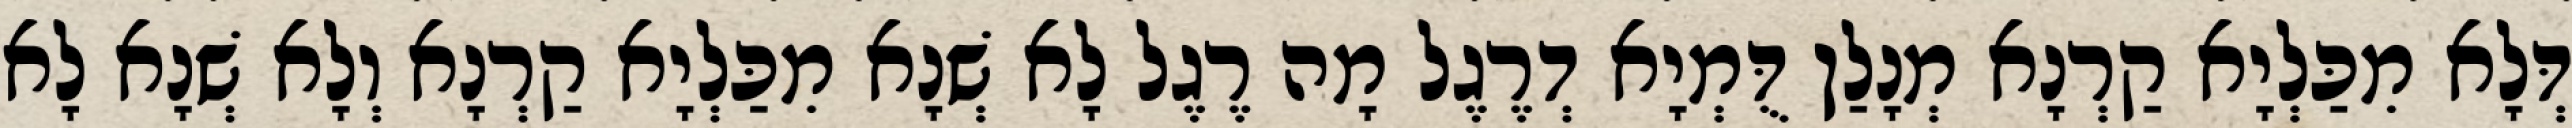
דְּלָא מִכַּלְיָא קַרְנָא מְנָלַן דֻּמְיָא דְרֶגֶל מָה רֶגֶל לָא שְׁנָא מִכַּלְיָא קַרְנָא וְלָא שְׁנָא לָא